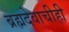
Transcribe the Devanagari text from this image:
ब्रह्मदेवाचीही